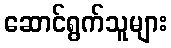
ဆောင်ရွက်သူများ